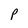
Character: p